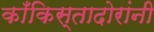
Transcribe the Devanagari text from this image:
काँकिस्तादोरांनी